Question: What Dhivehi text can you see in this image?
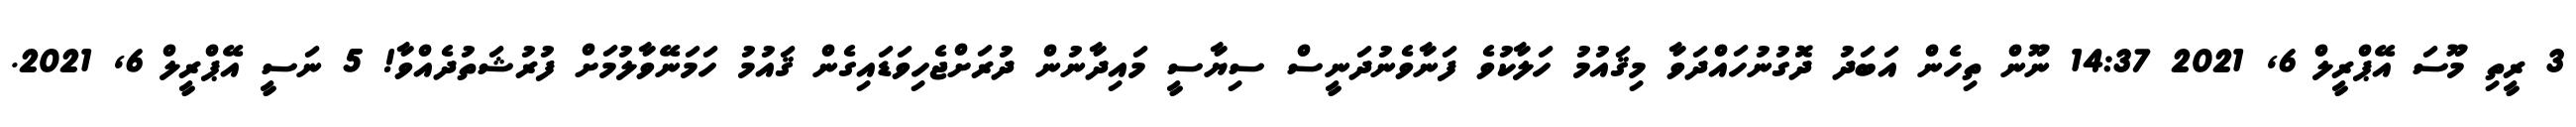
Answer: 3 ރީތި މޫސަ އޭޕްރީލް 6, 2021 14:37 ނޫން ތިހެން އަބަދު ދޮގުނުހައްދަވާ މިޤައުމު ހަލާކުވެ ފަނާވެނުދަނީސް ސިޔާސީ މައިދާނުން ދުރަށްޖެހިވަޑައިގެން ޤައުމު ހަމަނޭވާލުމަށް ފުރުޝަތުދެއްވާ! 5 ނަސީ އޭޕްރީލް 6, 2021.